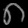
Digit: ၈